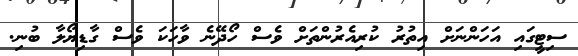
ސިޓީގައި އަހަންނަށް އިތުރު ކުރިއެރުންތަށް ވެސް ހޯދޭނެ ވާހަކަ ވެސް ގާޑިޔޯލާ ބުނި.